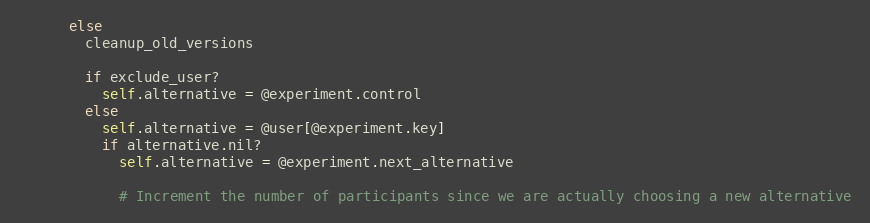
Language: Ruby
      else
        cleanup_old_versions

        if exclude_user?
          self.alternative = @experiment.control
        else
          self.alternative = @user[@experiment.key]
          if alternative.nil?
            self.alternative = @experiment.next_alternative

            # Increment the number of participants since we are actually choosing a new alternative